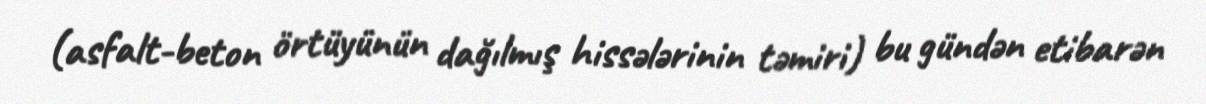
(asfalt-beton örtüyünün dağılmış hissələrinin təmiri) bu gündən etibarən